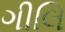
ગીલિ